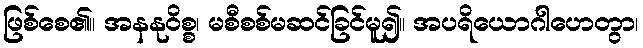
ဖြစ်စေ၏။ အနနုဝိစ္စ၊ မစီစစ်မဆင်ခြင်မူ၍။ အပရိယောဂါဟေတွာ၊